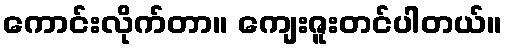
ကောင်းလိုက်တာ။ ကျေးဇူးတင်ပါတယ်။